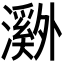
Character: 𬉝